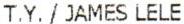
T.Y./ JAMES LELE